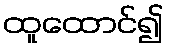
ထူထောင်၍